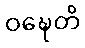
ဝဍ္ဎေတိ